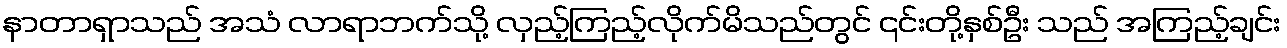
နာတာရှာသည် အသံ လာရာဘက်သို့ လှည့်ကြည့်လိုက်မိသည်တွင် ၎င်းတို့နှစ်ဦး သည် အကြည့်ချင်း